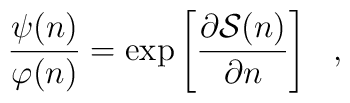
\frac{\psi(n)}{\varphi(n)}=\exp\left [\frac{\partial {\cal S}(n)}{\partial n} \right ] \ \ ,